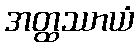
အတ္ထဿာယံ